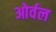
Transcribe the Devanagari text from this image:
ओर्वल